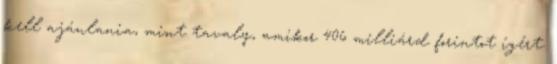
kell ajánlania, mint tavaly, amikor 406 milliárd forintot ígért.